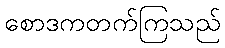
စောဒကတက်ကြသည်